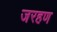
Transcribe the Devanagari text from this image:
जरहण